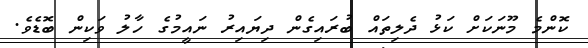
ކޮންމެ މޫނަކަށް ކަޅު ދެލިތައް ބުރައިގެން ދިޔައިރު ނައީމުގެ ހާލު ވަކިން ބޮޑެވެ.